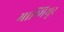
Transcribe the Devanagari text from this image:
माम्मियूर